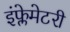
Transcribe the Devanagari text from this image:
इंफ्लेमेटरी